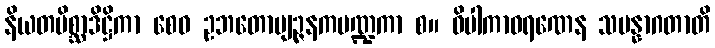
နိယတမိစ္ဆာဒိဋ္ဌိကာ စေဝ ဥဘတောဗျဉ္ဇနကပဏ္ဍကာ စ။ ဝိပါကာဝရဏေန သမန္နာဂတာတိ